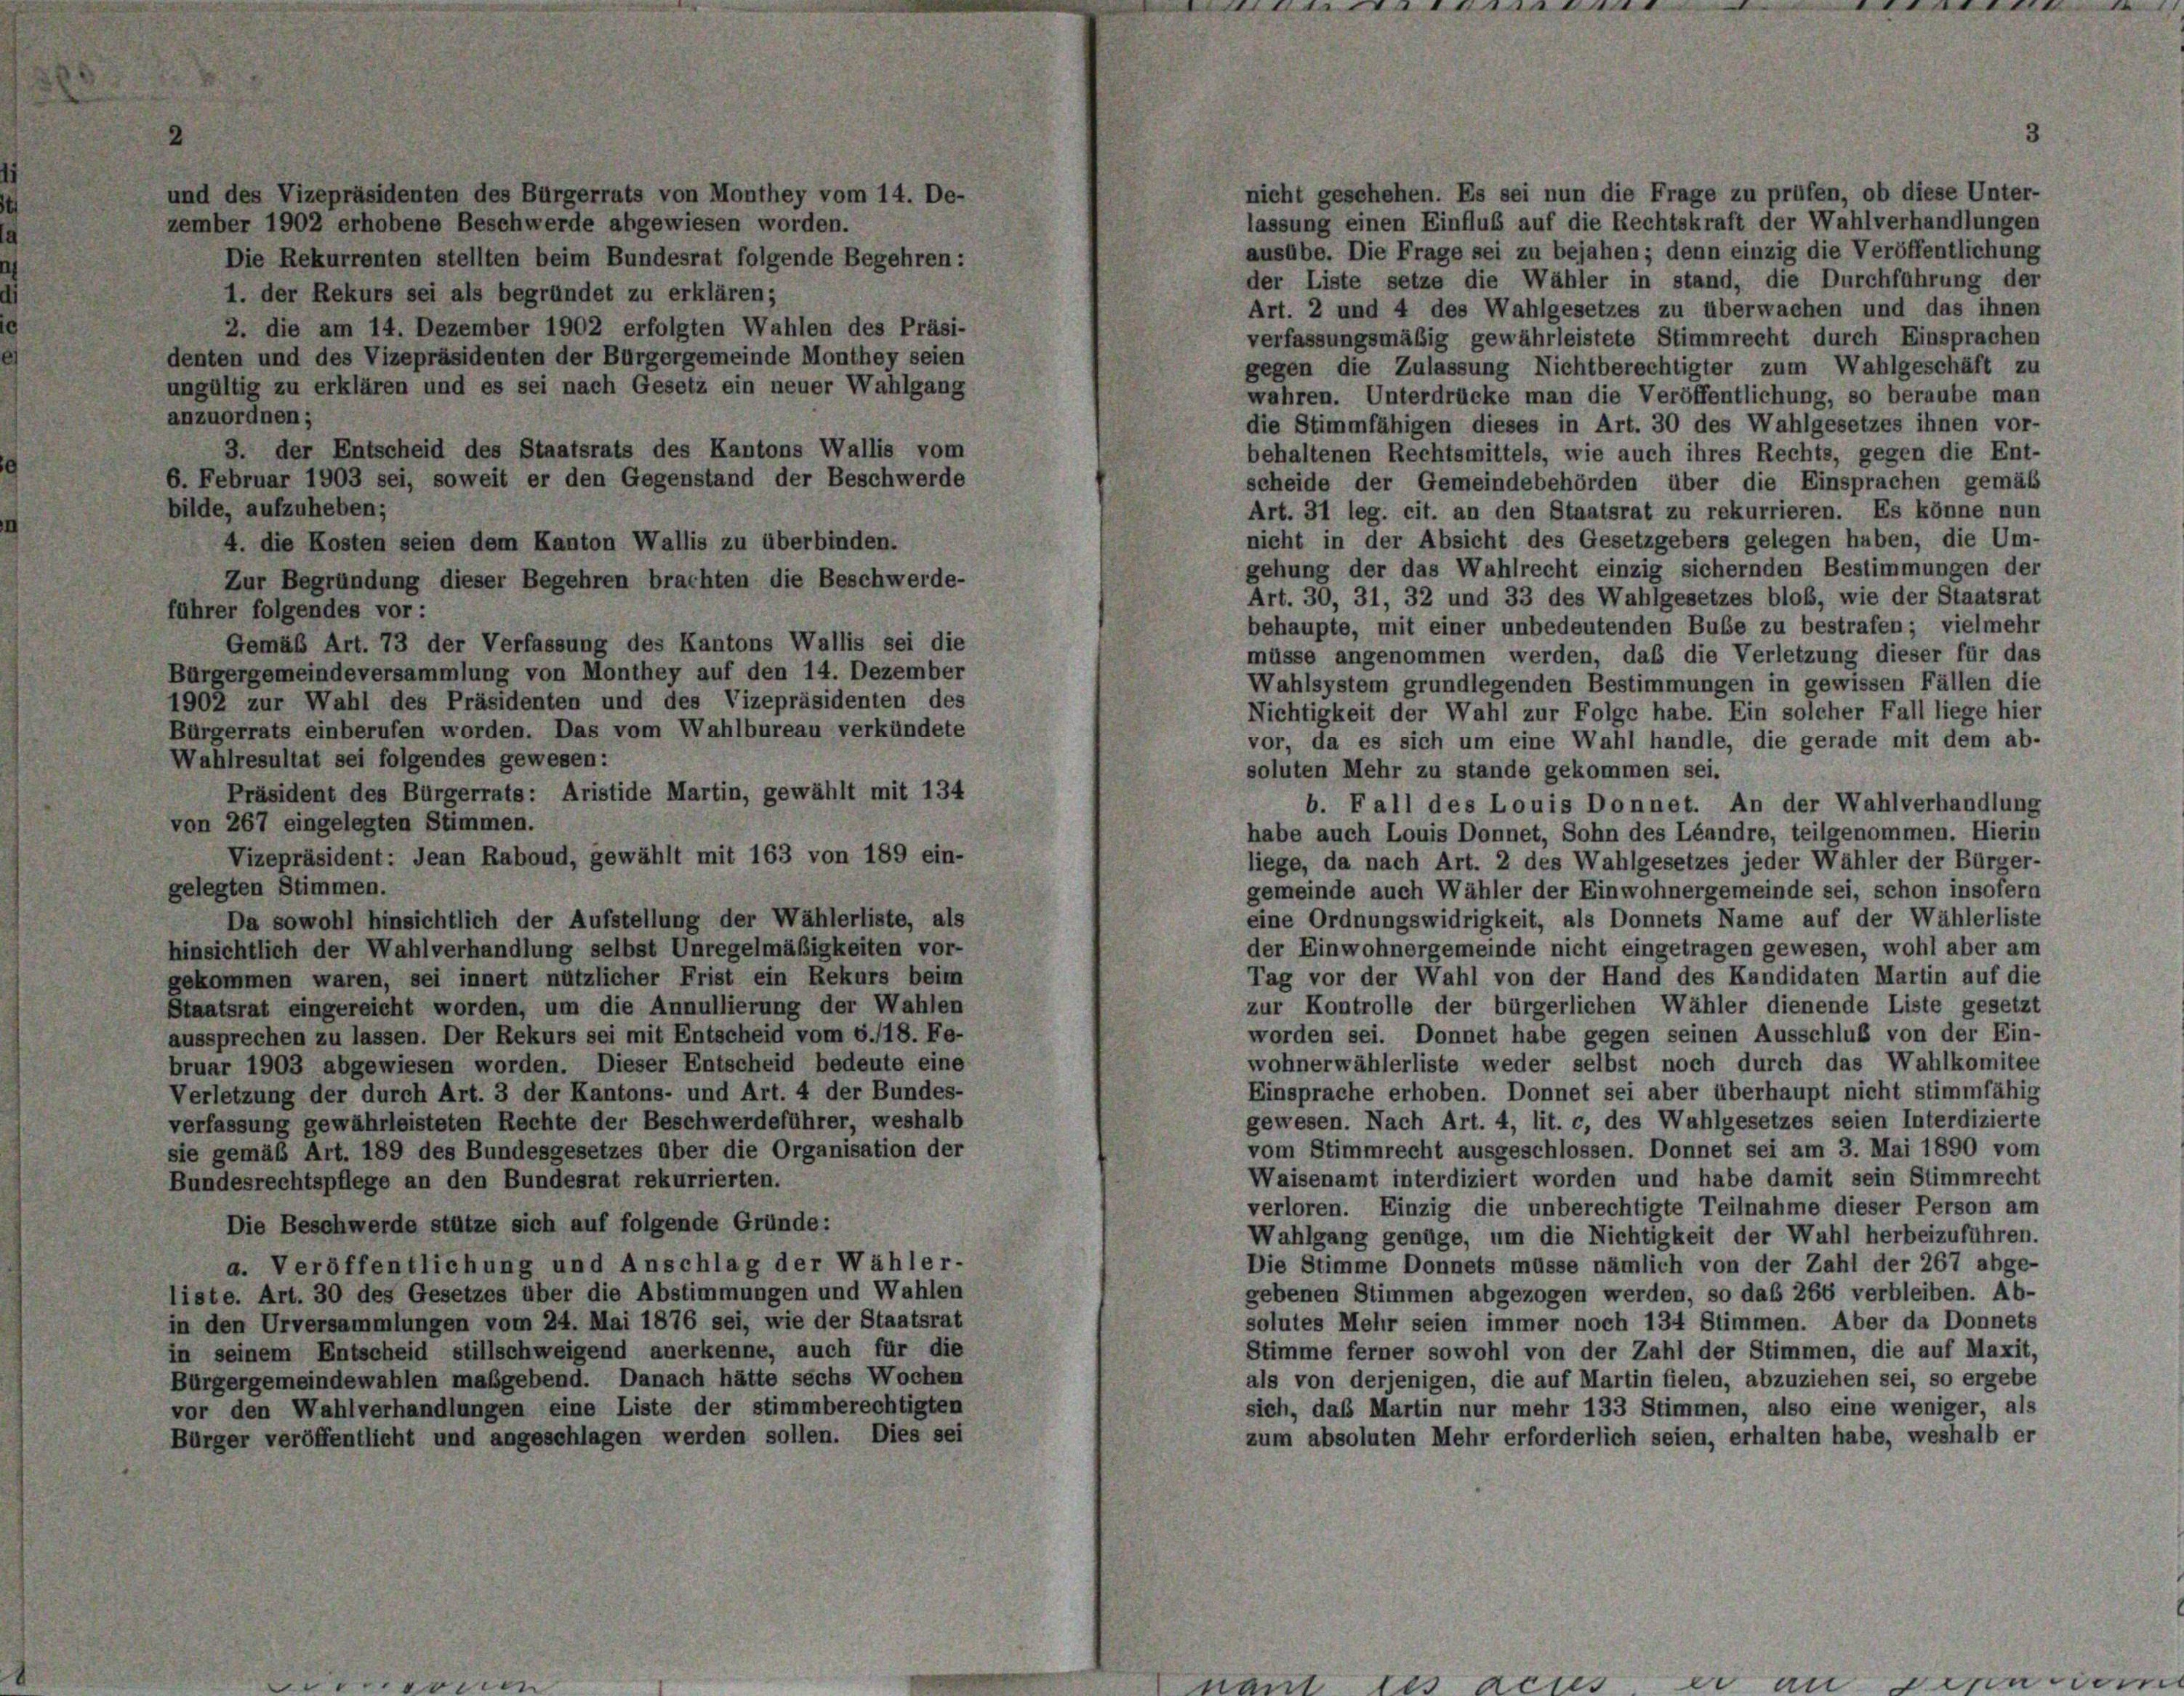
nicht geschehen. Es sei nun die Frage zu prüfen, ob diese Unter-
und des Vizepräsidenten des Bürgerrats von Monthey vom 14. De-
lassung einen Einfluß auf die Rechtskraft der Wahlverhandlungen
zember 1902 erhobene Beschwerde abgewiesen worden.
ausübe. Die Frage sei zu bejahen; denn einzig die Veröffentlichung
Die Rekurrenten stellten beim Bundesrat folgende Begehren:
der Liste setze die Wähler in stand, die Durchführung der
1. der Rekurs sei als begründet zu erklären;
Art. 2 und 4 des Wahlgesetzes zu überwachen und das ihnen
2. die am 14. Dezember 1902 erfolgten Wahlen des Präsi-
verfassungsmäßig gewährleistete Stimmrecht durch Einsprachen
denten und des Vizepräsidenten der Bürgergemeinde Monthey seien
gegen die Zulassung Nichtberechtigter zum Wahlgeschäft zu
ungültig zu erklären und es sei nach Gesetz ein neuer Wahlgang
wahren. Unterdrücke man die Veröffentlichung, so beraube man
anzuordnen;
die Stimmfähigen dieses in Art. 30 des Wahlgesetzes ihnen vor-
3. der Entscheid des Staatsrats des Kantons Wallis vom
behaltenen Rechtsmittels, wie auch ihres Rechts, gegen die Ent-
6. Februar 1903 sei, soweit er den Gegenstand der Beschwerde
scheide der Gemeindebehörden über die Einsprachen gemäß
bilde, aufzuheben;
Art. 31 leg. cit. an den Staatsrat zu rekurrieren. Es könne nun
nicht in der Absicht des Gesetzgebers gelegen haben, die Um-
4. die Kosten seien dem Kanton Wallis zu überbinden.
gehung der das Wahlrecht einzig sichernden Bestimmungen der
Zur Begründung dieser Begehren brachten die Beschwerde-
Art. 30, 31, 32 und 33 des Wahlgesetzes blob, wie der Staatsrat
fuhrer folgendes vor:
behaupte, mit einer unbedeutenden Bube zu bestrafen; vielmehr
Gemäß Art. 73 der Verfassung des Kantons Wallis sei die
müsse angenommen werden, daß die Verletzung dieser für das
Bürgergemeindeversammlung von Monthey auf den 14. Dezember
Wahlsystem grundlegenden Bestimmungen in gewissen Fällen die
1902 zur Wahl des Präsidenten und des Vizepräsidenten des
Nichtigkeit der Wahl zur Folge habe. Ein solcher Fall liege hier
Bürgerrats einberufen worden. Das vom Wahlbureau verkündete
vor, da es sich um eine Wahl handle, die gerade mit dem ab-
Wahlresultat sei folgendes gewesen:
soluten Mehr zu stande gekommen sei.
Präsident des Bürgerrats: Aristide Martin, gewählt mit 134
b. Fall des Louis Donnet. An der Wahlverhandlung
von 267 eingelegten Stimmen.
habe auch Louis Donnet, Sohn des Léandre, teilgenommen. Hierin
Vizepräsident: Jean Raboud, gewählt mit 163 von 189 ein-
liege, da nach Art. 2 des Wahlgesetzes jeder Wähler der Bürger-
gelegten Stimmen.
gemeinde auch Wähler der Einwohnergemeinde sei, schon insofern
eine Ordnungswidrigkeit, als Donnets Name auf der Wählerliste
Da sowohl hinsichtlich der Aufstellung der Wählerliste, als
der Einwohnergemeinde nicht eingetragen gewesen, wohl aber am
hinsichtlich der Wahlverhandlung selbst Unregelmäßigkeiten vor-
Tag vor der Wahl von der Hand des Kandidaten Martin auf die
gekommen waren, sei innert nützlicher Frist ein Rekurs beim
zur Kontrolle der bürgerlichen Wähler dienende Liste gesetzt
Staatsrat eingereicht worden, um die Annullierung der Wahlen
worden sei. Donnet habe gegen seinen Ausschluß von der Ein-
aussprechen zu lassen. Der Rekurs sei mit Entscheid vom 6./18. Fe-
wohnerwählerliste weder selbst noch durch das Wahlkomitee
bruar 1903 abgewiesen worden. Dieser Entscheid bedeute eine
Einsprache erhoben. Donnet sei aber überhaupt nicht stimmfähig
Verletzung der durch Art. 3 der Kantons- und Art. 4 der Bundes-
gewesen. Nach Art. 4, lit. c, des Wahlgesetzes seien Interdizierte
verfassung gewährleisteten Rechte der Beschwerdeführer, weshalb
vom Stimmrecht ausgeschlossen. Donnet sei am 3. Mai 1890 vom
sie gemäß Art. 189 des Bundesgesetzes über die Organisation der
Waisenamt interdiziert worden und habe damit sein Stimmrecht
Bundesrechtspflege an den Bundesrat rekurrierten.
verloren. Einzig die unberechtigte Teilnahme dieser Person am
Die Beschwerde stütze sich auf folgende Gründe:
Wahlgang genüge, um die Nichtigkeit der Wahl herbeizuführen.
Die Stimme Donnets müsse nämlich von der Zahl der 267 abge-
a. Veröffentlichung und Anschlag der Wähler-
gebenen Stimmen abgezogen werden, so daß 266 verbleiben. Ab-
liste. Art. 30 des Gesetzes über die Abstimmungen und Wahlen
in den Urversammlungen vom 24. Mai 1876 sei, wie der Staatsrat
solutes Mehr seien immer noch 134 Stimmen. Aber da Donnets
Stimme ferner sowohl von der Zahl der Stimmen, die auf Maxit,
in seinem Entscheid stillschweigend anerkenne, auch für die
als von derjenigen, die auf Martin fielen, abzuziehen sei, so ergebe
Bürgergemeindewahlen maßgebend. Danach hätte sechs Wochen
sich, daß Martin nur mehr 133 Stimmen, also eine weniger, als
vor den Wahlverhandlungen eine Liste der stimmberechtigten
zum absoluten Mehr erforderlich seien, erhalten habe, weshalb er
Bürger veröffentlicht und angeschlagen werden sollen. Dies sei